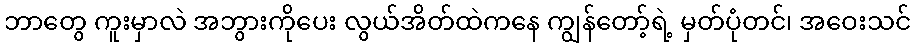
ဘာတွေ ကူးမှာလဲ အဘွားကိုပေး လွယ်အိတ်ထဲကနေ ကျွန်တော့်ရဲ့ မှတ်ပုံတင်၊ အဝေးသင်